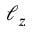
\ell _ { z }